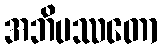
အဘိပဿတော